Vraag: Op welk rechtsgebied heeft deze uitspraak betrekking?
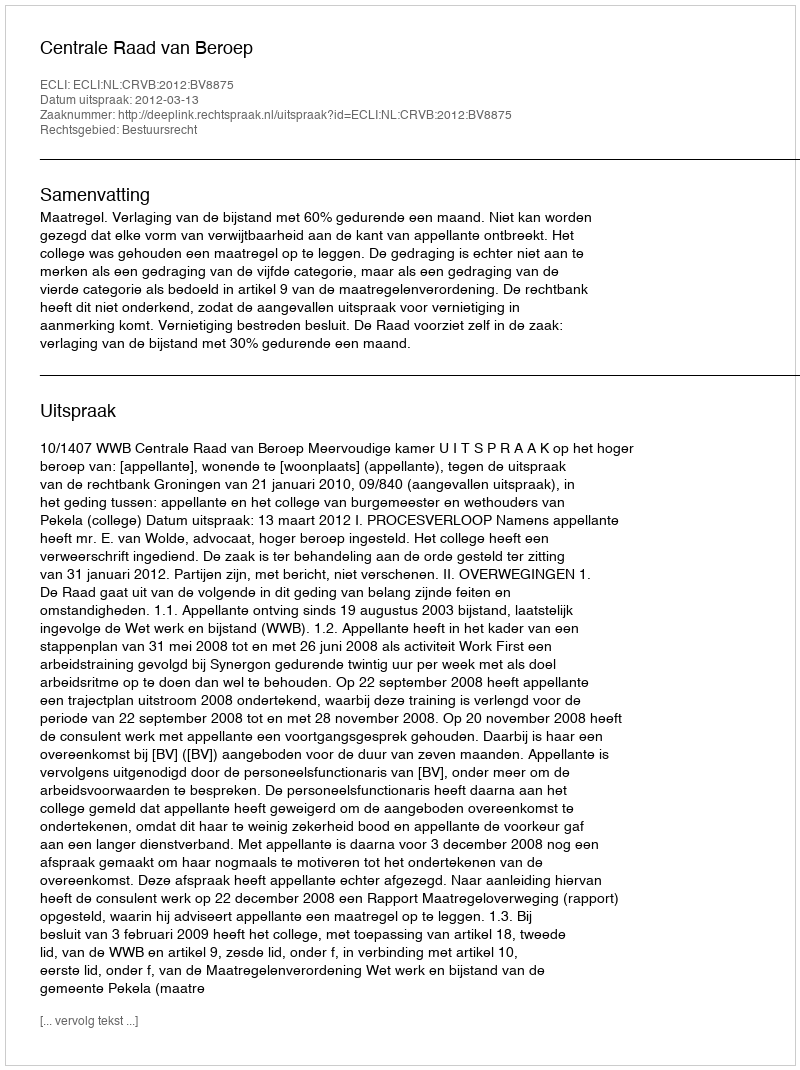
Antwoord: Bestuursrecht